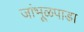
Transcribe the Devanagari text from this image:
जांभूळपाडा